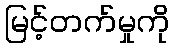
မြင့်တက်မှုကို